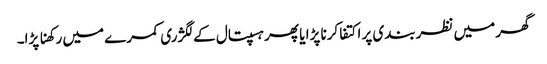
گھر میں نظربندی پر اکتفا کرنا پڑا یا پھر ہسپتال کے لگژری کمرے میں رکھنا پڑا۔